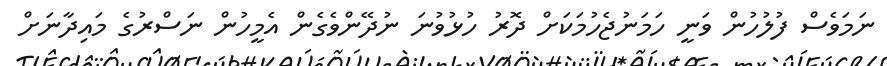
ނަމަވެސް ފުލުހުން ވަނީ ހަމަނުޖެހުމަކަށް ދޮރު ހުޅުވުނަ ނުދޭންވެގެން އެމީހުން ނަސްރުގެ މައިދާނަށް